Vaccination North-Western Provinces 1866-1877 - 1866-1877
Year: 1866
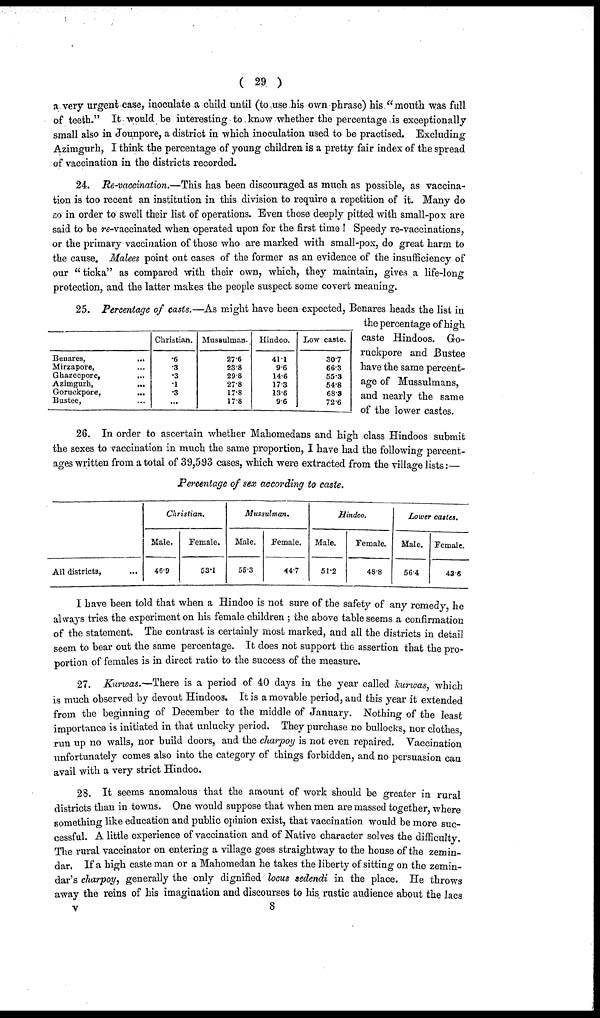
( 29 )
a very urgent case, inoculate a child until (to use his own phrase) his "mouth was full
of teeth." It would be interesting to know whether the percentage is exceptionally
small also in Jounpore, a district in which inoculation used to be practised. Excluding
Azimgurh, I think the percentage of young children is a pretty fair index of the spread
of vaccination in the districts recorded.
24. Re-vaccination.—This has been discouraged as much as possible, as vaccina-
tion is too recent an institution in this division to require a repetition of it. Many do
so in order to swell their list of operations. Even those deeply pitted with small-pox are
said to be re-vaccinated when operated upon for the first time ! Speedy re-vaccinations,
or the primary vaccination of those who are marked with small-pox, do great harm to
the cause. Malees point out cases of the former as an evidence of the insufficiency of
our "ticka" as compared with their own, which, they maintain, gives a life-long
protection, and the latter makes the people suspect some covert meaning.
Benares,
...
Mirzapore, ...
Ghazeepore, ...
Azimgurh,
...
Goruckpore,
...
Bustee, ...
Christian.
.6
.3
.3
.1
.3
...
Mussulman.
27.6
23.8
29.8
27.8
17.8
17.8
Hindoo.
41.1
9.6
14.6
17.3
13.6
9.6
Low caste.
30.7
66.3
55.3
54.8
68.3
72.6
25. Percentage of casts.—As might have been expected, Benares heads the list in
the percentage of high
caste Hindoos. Go-
ruckpore and Bustee
have the same percent-
age of Mussulmans,
and nearly the same
of the lower castes.
26. In order to ascertain whether Mahomedans and high class Hindoos submit
the sexes to vaccination in much the same proportion, I have had the following percent-
ages written from a total of 39,593 cases, which were extracted from the village lists:—
Percentage of sex according to caste.
All districts, ...
Christian.
Male.
46.9
Female.
53.1
Mussulman.
Male.
55.3
Female.
44.7
Hindoo.
Male.
51.2
Female.
48.8
Lower castes.
Male.
56.4
Female.
43.6
I have been told that when a Hindoo is not sure of the safety of any remedy, he
always tries the experiment on his female children ; the above table seems a confirmation
of the statement. The contrast is certainly most marked, and all the districts in detail
seem to bear out the same percentage. It does not support the assertion that the pro-
portion of females is in direct ratio to the success of the measure.
27. Kurwas.—There is a period of 40 days in the year called kurwas, which
is much observed by devout Hindoos. It is a movable period, and this year it extended
from the beginning of December to the middle of January. Nothing of the least
importance is initiated in that unlucky period. They purchase no bullocks, nor clothes,
run up no walls, nor build doors, and the charpoy is not even repaired. Vaccination
unfortunately comes also into the category of things forbidden, and no persuasion can
avail with a very strict Hindoo.
28. It seems anomalous that the amount of work should be greater in rural
districts than in towns. One would suppose that when men are massed together, where
something like education and public opinion exist, that vaccination would be more suc-
cessful. A little experience of vaccination and of Native character solves the difficulty.
The rural vaccinator on entering a village goes straightway to the house of the zemin-
dar. If a high caste man or a Mahomedan he takes the liberty of sitting on the zemin-
dar's charpoy, generally the only dignified locus sedendi in the place. He throws
away the reins of his imagination and discourses to his rustic audience about the lacs
v
8